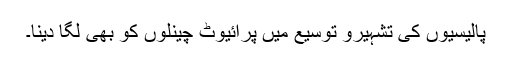
پالیسیوں کی تشہیرو توسیع میں پرائیوٹ چینلوں کو بھی لگا دینا۔